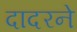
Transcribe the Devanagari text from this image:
दादरने